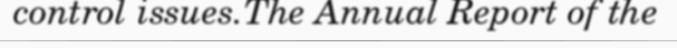
control issues.The Annual Report of the